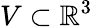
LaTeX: V\subset\mathbb{R}^{3}